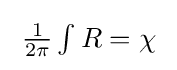
{\textstyle \;{\tfrac {1}{2\pi }}\int R=\chi \;}